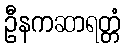
ဦနကဆာရတ္တံ